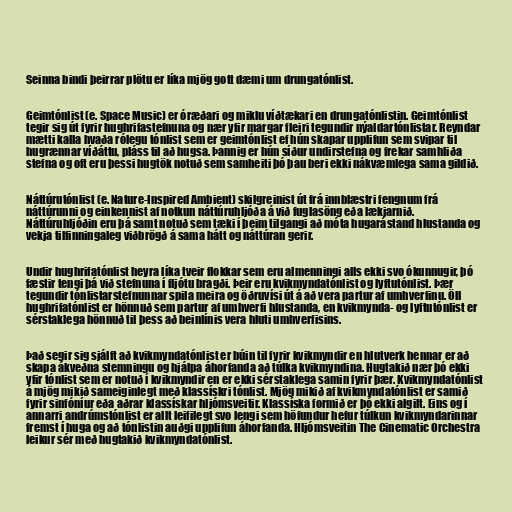
Seinna bindi þeirrar plötu er líka mjög gott dæmi um drungatónlist.

Geimtónlist (e. Space Music) er óræðari og miklu víðtækari en drungatónlistin. Geimtónlist
tegir sig út fyrir hughrifastefnuna og nær yfir margar fleiri tegundir nýaldartónlistar. Reyndar
mætti kalla hvaða rólegu tónlist sem er geimtónlist ef hún skapar upplifun sem svipar til
hugrænnar víðáttu, pláss til að hugsa. Þannig er hún síður undirstefna og frekar samhliða
stefna og oft eru þessi hugtök notuð sem samheiti þó þau beri ekki nákvæmlega sama gildið.

Náttúrutónlist (e. Nature-Inspired Ambient) skilgreinist út frá innblæstri fengnum frá
náttúrunni og einkennist af notkun náttúruhljóða á við fuglasöng eða lækjarnið.
Náttúruhljóðin eru þá samt notuð sem tæki í þeim tilgangi að móta hugarástand hlustanda og
vekja tilfinningaleg viðbrögð á sama hátt og náttúran gerir.

Undir hughrifatónlist heyra líka tveir flokkar sem eru almenningi alls ekki svo ókunnugir, þó
fæstir tengi þá við stefnuna í fljótu bragði. Þeir eru kvikmyndatónlist og lyftutónlist. Þær
tegundir tónlistarstefnunnar spila meira og öðruvísi út á að vera partur af umhverfinu. Öll
hughrifatónlist er hönnuð sem partur af umhverfi hlustanda, en kvikmynda- og lyftutónlist er
sérstaklega hönnuð til þess að beinlínis vera hluti umhverfisins.

Það segir sig sjálft að kvikmyndatónlist er búin til fyrir kvikmyndir en hlutverk hennar er að
skapa ákveðna stemningu og hjálpa áhorfanda að túlka kvikmyndina. Hugtakið nær þó ekki
yfir tónlist sem er notuð í kvikmyndir en er ekki sérstaklega samin fyrir þær. Kvikmyndatónlist
á mjög mikið sameiginlegt með klassískri tónlist. Mjög mikið af kvikmyndatónlist er samið
fyrir sinfóníur eða aðrar klassískar hljómsveitir. Klassíska formið er þó ekki algilt. Eins og í
annarri andrúmstónlist er allt leifilegt svo lengi sem höfundur hefur túlkun kvikmyndarinnar
fremst í huga og að tónlistin auðgi upplifun áhorfanda. Hljómsveitin The Cinematic Orchestra
leikur sér með hugtakið kvikmyndatónlist.